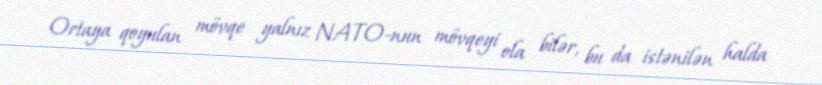
Ortaya qoyulan mövqe yalnız NATO-nun mövqeyi ola bilər, bu da istənilən halda